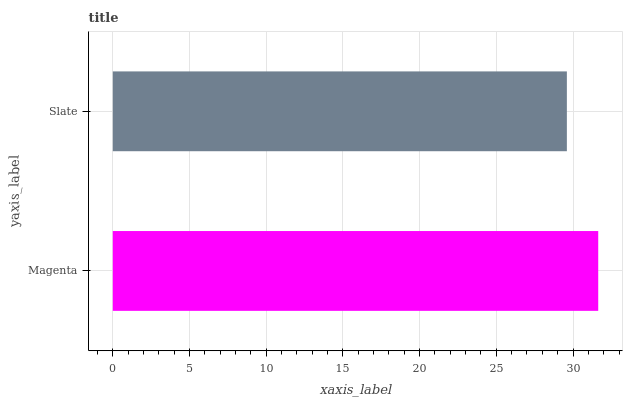
| yaxis_label | bars |
 | --- | --- |
 | Magenta | 31.6 |
 | Slate | 29.6 |